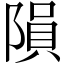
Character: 隕